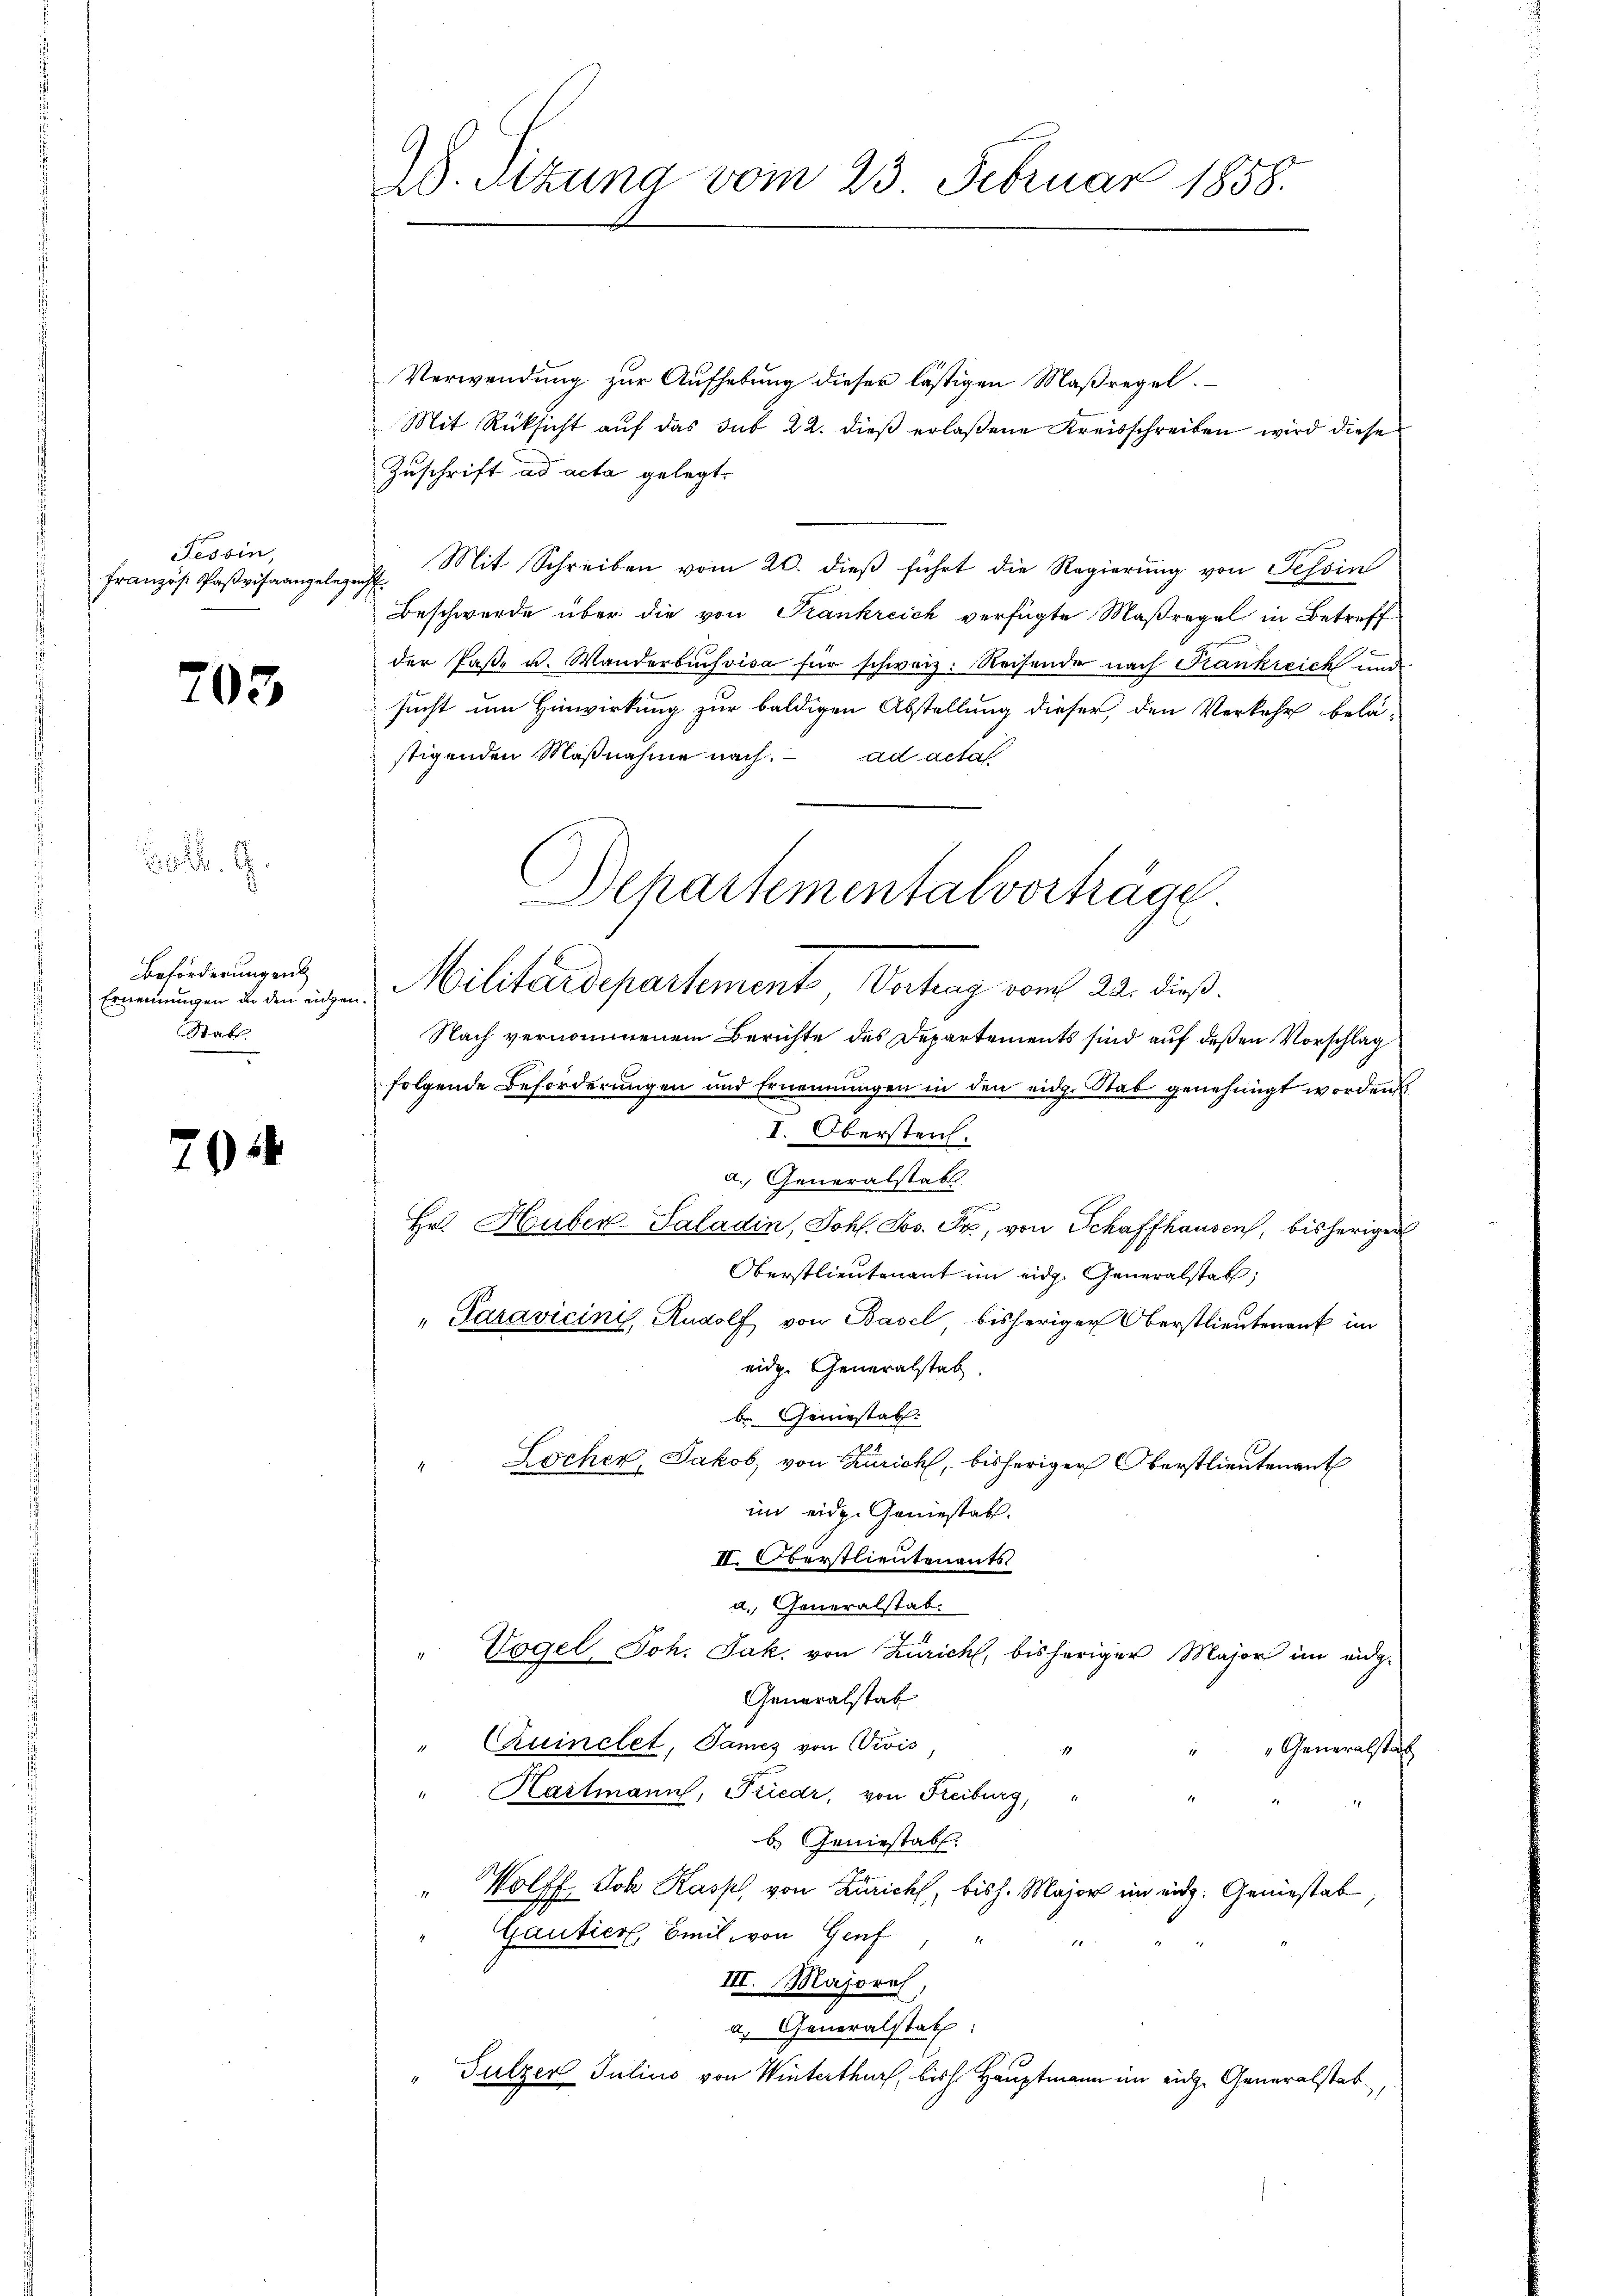
Tessin,
Französ. Paßvisa angelegenh

203

Beförderung ent
Ernennungen in den eigen.
Stab

70

A. Sitzung vom 23. Februar 1858.

Verwendung zur Aufhebung dieser lästigen Maßregel.
Mit Rücksicht auf das sub 22. dieß erlaßene Kreisschreiben wird diese
Zuschrift ad acta gelegt.
Mit Schreiben vom 20. dieß führt die Regierung von Tessin
Beschwerde über die von Frankreich verfügte Maßregel in Betreff
der Paße u. Wanderbuchvisa für schweiz. Reisende nach Frankreich und
sucht um Hinwirkung zur baldigen Abstellung dieser, den Verkehr belä-
stigenden Maßnahme nach. ad acta
Militärdepartement Vertrag vom 24. dieß
Nach vernommenem Berichte des Departements sind auf deßen Vorschlag
folgende Beförderungen und Ernennungen in den eidg. Stab genehmigt worden
I. Oberstens.
a. Generalstabl
Hr. Huber-Saladin, Joh. Jos. Fr., von Schaffhausen, bisheriger
Oberstlieutenant im eidg. Generalstab,
" Paravicini, Rudolf von Basel bisheriger Oberstlieutenant im
eidge Generalstab.
be Geniestab.
Locher, Jakob, von Zürich, bisheriger Oberstlieutenant
im eidg. Gemestat.
II. Oberstlieutenants
a. Generalstab.
Vogel, Joh. Jak. von Zürich, bisheriger Major im eidg.
.
Generalstab
" Cuinclet, James von Divis
Generalsta
" Hartmann, Friedr, von Freiburg, "
b. Geniesstab.
Wolff Joh Kasp. von Zürich, bish. Major im eidg. Geniestab
¬
Gautier, Emil von Genf
1
III. Majores,
a) Generalstatz:
" Sulzer Julius von Winterthur, bish Hauptmann im eiche Generalstab

Departementalvorträge.